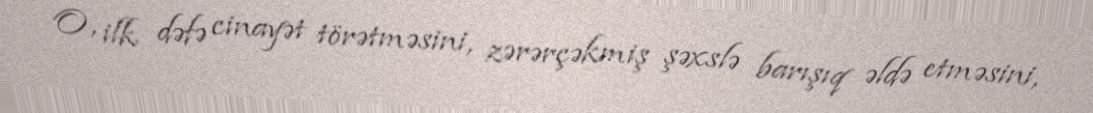
O, ilk dəfə cinayət törətməsini, zərərçəkmiş şəxslə barışıq əldə etməsini,